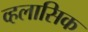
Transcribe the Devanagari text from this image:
व्हलासिक